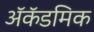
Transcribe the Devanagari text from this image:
ॲकॅडमिक